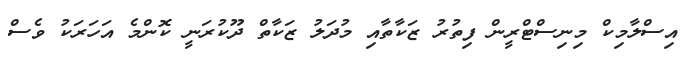
އިސްލާމިކް މިނިސްޓްރީން ފިތުރު ޒަކާތާއި މުދަލު ޒަކާތް ދޫކުރަނީ ކޮންމެ އަހަރަކު ވެސް